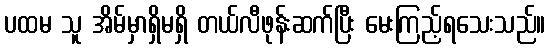
ပထမ သူ အိမ်မှာရှိမရှိ တယ်လီဖုန်းဆက်ပြီး မေးကြည့်ရသေးသည်။